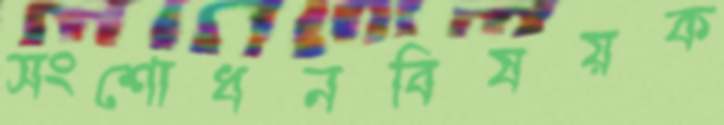
সংশোধনবিষয়ক